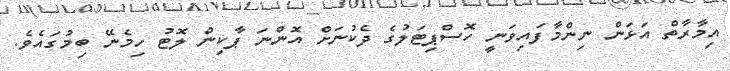
އިމާރާތް އަޅަން ނިންމާފައިވަނީ ހޮސްޕިޓަލުގެ ދެކުނަށް އޮންނަ ޕާކިން ލޮޓު ހިމެނޭ ބިމުގައެވެ.